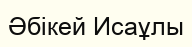
Әбікей Исаұлы